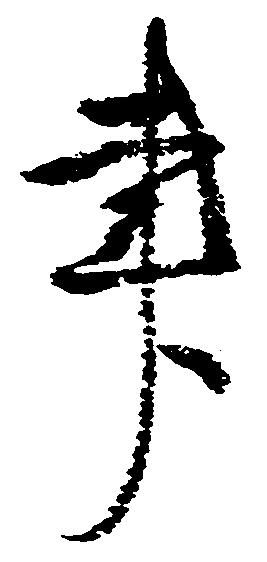
書